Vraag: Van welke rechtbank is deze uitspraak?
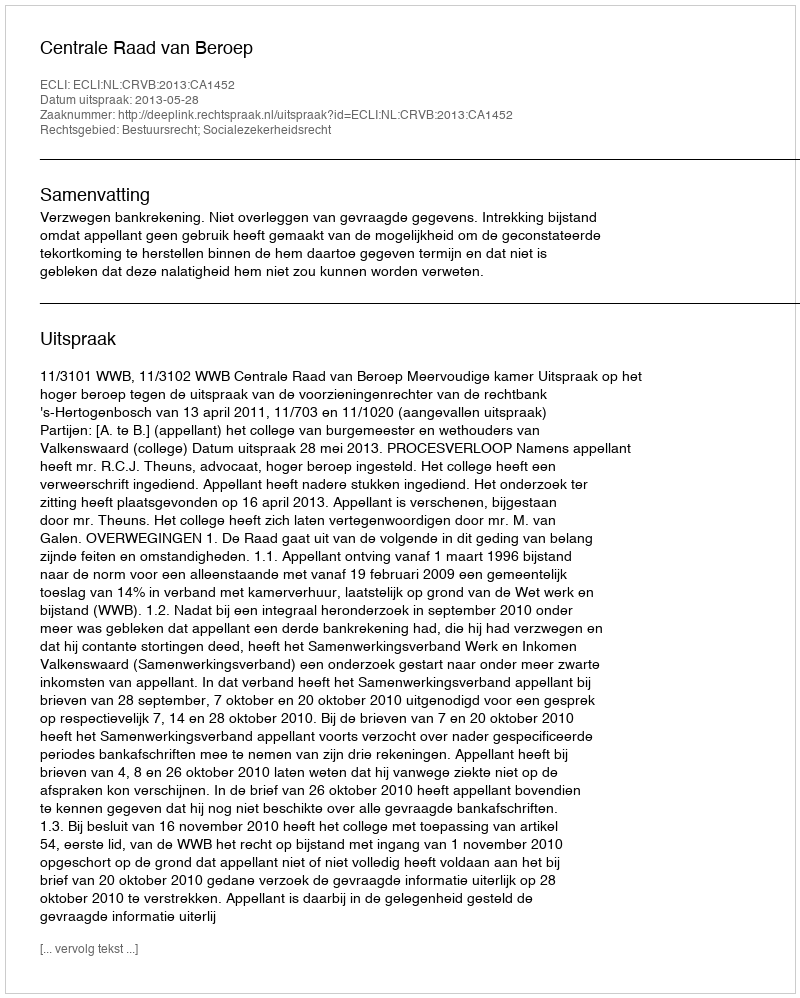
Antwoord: Centrale Raad van Beroep